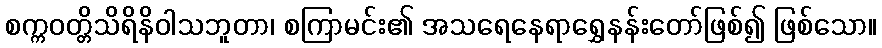
စက္ကဝတ္တိသိရိနိဝါသဘူတာ၊ စကြာမင်း၏ အသရေနေရာရွှေနန်းတော်ဖြစ်၍ ဖြစ်သော။